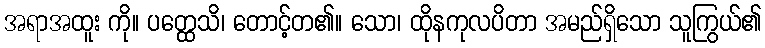
အရာအထူး ကို။ ပတ္ထေသိ၊ တောင့်တ၏။ သော၊ ထိုနကုလပိတာ အမည်ရှိသော သူကြွယ်၏